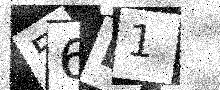
Text: 56E1